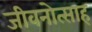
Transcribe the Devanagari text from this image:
जीवनोत्साह